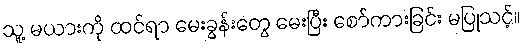
သူ့ မယားကို ထင်ရာ မေးခွန်းတွေ မေးပြီး စော်ကားခြင်း မပြုသင့်။